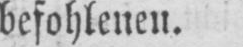
befohlenen.